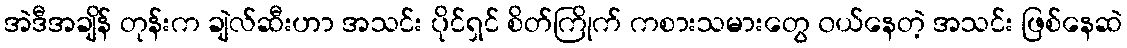
အဲဒီအချိန် တုန်းက ချဲလ်ဆီးဟာ အသင်း ပိုင်ရှင် စိတ်ကြိုက် ကစားသမားတွေ ၀ယ်နေတဲ့ အသင်း ဖြစ်နေဆဲ